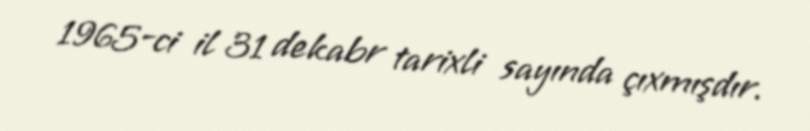
1965-ci il 31 dekabr tarixli sayında çıxmışdır.